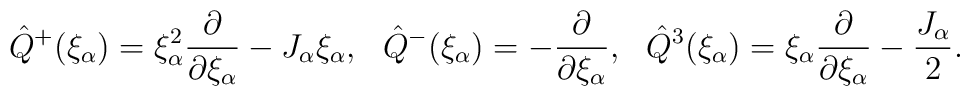
\hat Q^+(\xi_\alpha)=\xi^2_\alpha\frac{\partial}{\partial\xi_\alpha}-J_\alpha\xi_\alpha,\ \ \hat Q^-(\xi_\alpha)=-\frac{\partial}{\partial\xi_\alpha},\ \ \hat Q^3(\xi_\alpha)=\xi_\alpha\frac{\partial}{\partial\xi_\alpha}-\frac{J_\alpha}{2}.